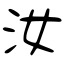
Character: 汝